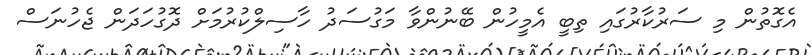
އެގޮތުން މި ސަރުކާރުގައި ތިބީ އެމީހުން ބޭނުންވާ މަގުސަދު ހާސިލްކުރުމަށް ދޮގުހަދަން ޖެހުނަސް